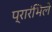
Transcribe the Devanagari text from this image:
प्रारंभिले